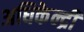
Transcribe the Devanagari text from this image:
अधिकेन्द्री